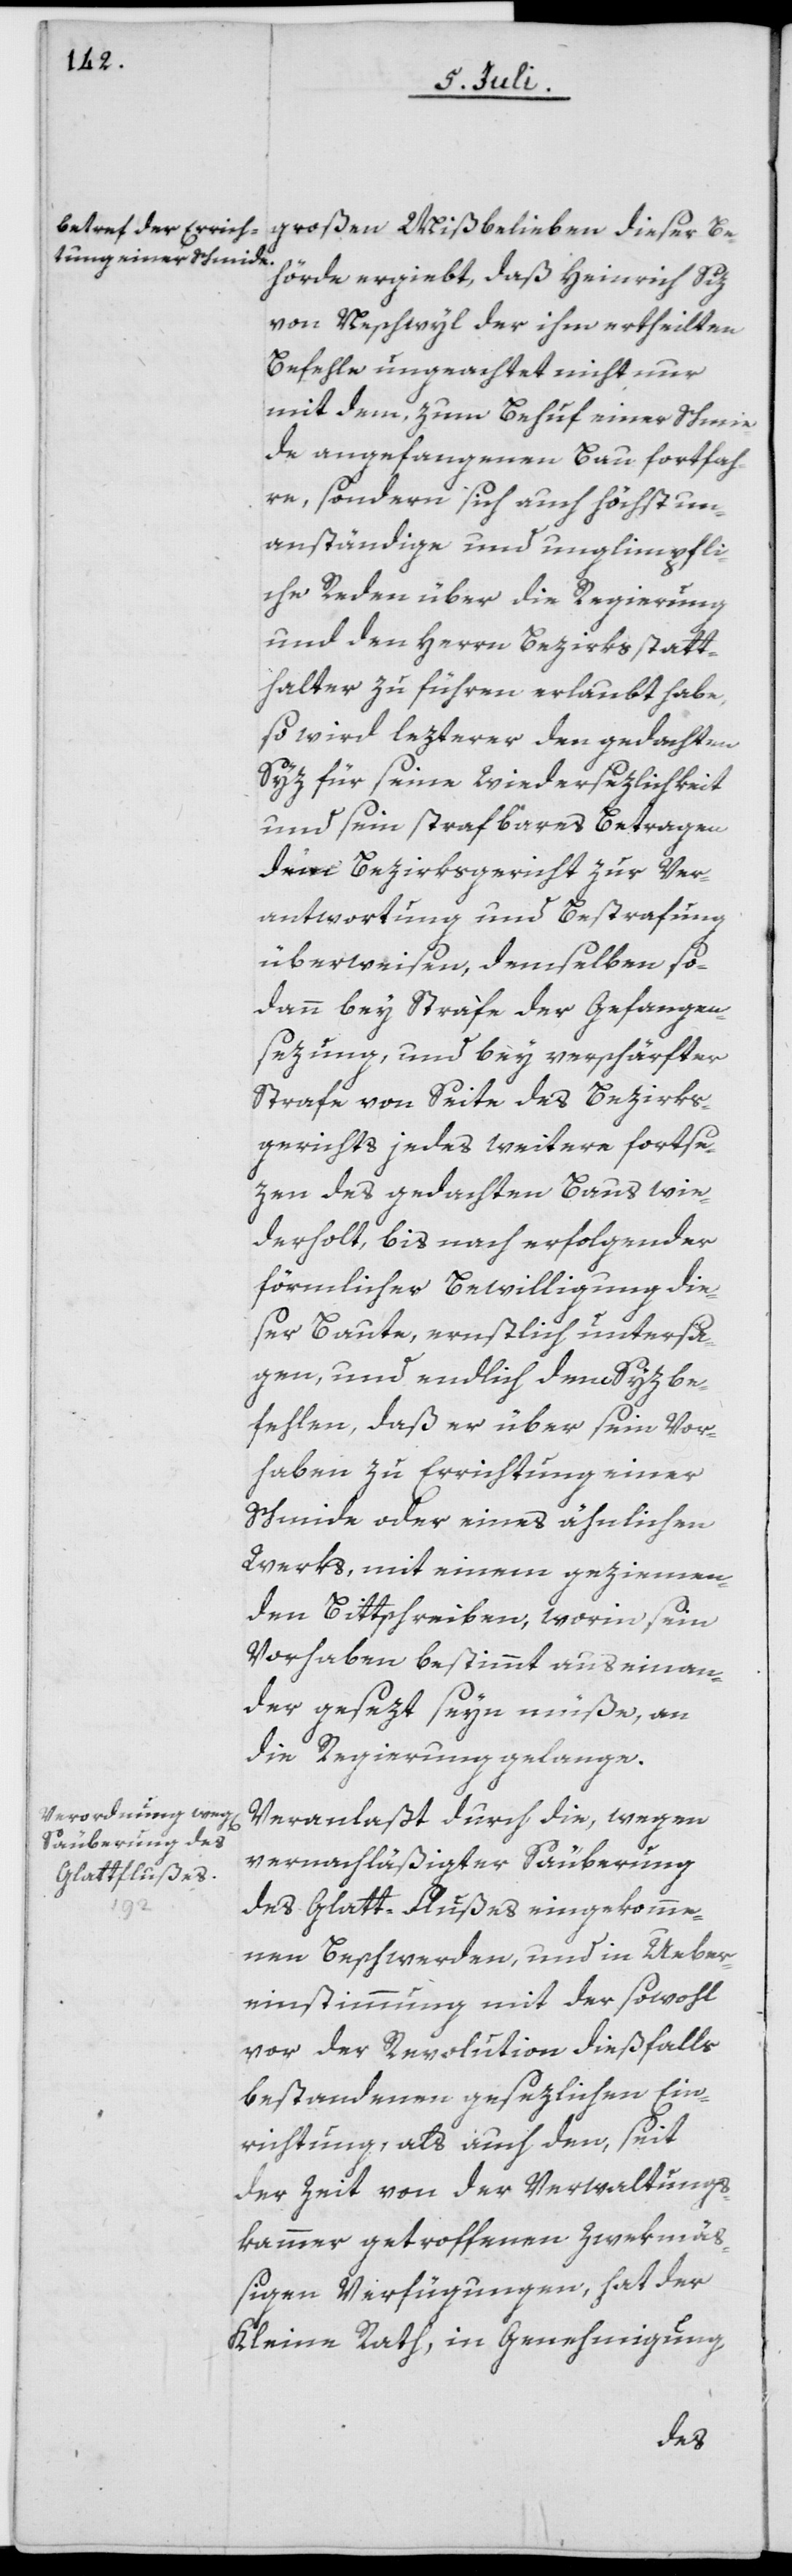
großen Mißbelieben dieser Be¬
hörde ergiebt, daß Heinrich Siz
von Neschwyl der ihm erteilten
Befehle ungeachtet nicht nur
mit dem, zum Behuf einer Schmie¬
de angefangenen Bau fortfah¬
re, sondern sich auch höchst un¬
anständige und unglimpfli¬
che Reden über die Regierung
und den Herrn Bezirksstatt¬
halter zu führen erlaubt habe,
so wird lezterer den gedachten
Syz für seine Wiedersezlichkeit
und sein strafbares Betragen
dem Bezirksgericht zur Ver¬
antwortung und Bestrafung
überweisen, demselben so¬
dann bey Strafe der Gefangen¬
sezung, und bey verschärfter
Strafe von Seite des Bezirks¬
gerichts jedes weitere fortse¬
zen des gedachten Baus wie¬
derholt, bis nach erfolgender
förmlicher Bewilligung die¬
ser Baute, ernstlich untersa¬
gen, und endlich dem Syz be¬
fehlen, daß er über sein Vor¬
haben zu Errichtung einer
Schmide oder eines ähnlichen
Werks, mit einem geziemen¬
den Bittschreiben, worin sein
Vorhaben bestimmt auseinan¬
der gesezt seyn müße, an
die Regierung gelange.
Veranlaßt durch die, wegen
vernachläßigter Säuberung
des Glatt-Flußes eingekomme¬
nen Beschwerden, und in Ueber¬
einstimmung mit der sowohl
vor der Revolution dießfalls
bestandenen gesezlichen Ein¬
richtung, als auch den, seit
der Zeit von der Verwaltungs¬
kammer getroffenen Zwekmäß¬
igen Verfügungen, hat der
Kleine Rath, in Genehmigung